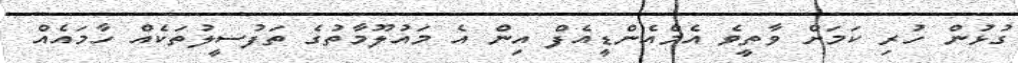
ގުޅުން ހުރި ކަމަށް ވާތީވެ އެމްއެންޑީއެފް އިން އެ މައުލޫމާތުގެ ތަފުސީލުތަކެއް ހާމައެއް